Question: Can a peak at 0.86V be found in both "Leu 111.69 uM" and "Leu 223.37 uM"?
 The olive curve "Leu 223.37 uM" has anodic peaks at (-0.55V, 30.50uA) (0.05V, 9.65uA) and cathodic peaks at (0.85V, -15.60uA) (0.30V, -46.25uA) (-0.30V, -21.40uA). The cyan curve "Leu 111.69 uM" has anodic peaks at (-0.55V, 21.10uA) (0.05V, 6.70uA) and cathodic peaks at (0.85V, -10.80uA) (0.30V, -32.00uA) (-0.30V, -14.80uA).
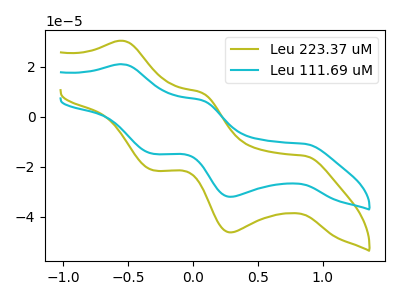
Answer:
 <answer>Yes, "Leu 111.69 uM" and "Leu 223.37 uM" share a peak at 0.86V.</answer>
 <eval>match</eval>